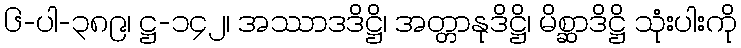
၆-ပါ-၃၈၉၊ ဋ္ဌ-၁၄၂၊ အဿာဒဒိဋ္ဌိ၊ အတ္တာနုဒိဋ္ဌိ၊ မိစ္ဆာဒိဋ္ဌိ သုံးပါးကို